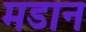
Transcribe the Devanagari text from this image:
मडान